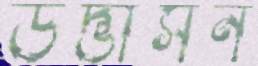
উদ্ভাসন